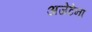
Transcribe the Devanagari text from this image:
अजेटेना